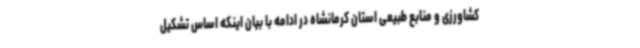
کشاورزی و منابع طبیعی استان کرمانشاه در ادامه با بیان اینکه اساس تشکیل